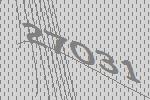
27031